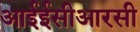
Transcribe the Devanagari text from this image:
आईईसीआरसी